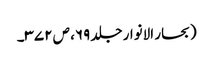
(بحار الانوار جلد ۶۹، ص ۳۷۲۔